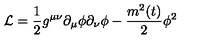
{ \cal L } = \frac { 1 } { 2 } g ^ { \mu \nu } \partial _ { \mu } \phi \partial _ { \nu } \phi - \frac { m ^ { 2 } ( t ) } { 2 } \phi ^ { 2 }